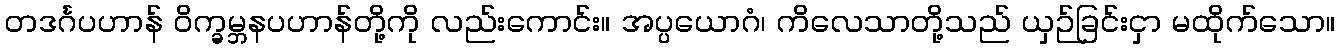
တဒင်္ဂပဟာန် ဝိက္ခမ္ဘနပဟာန်တို့ကို လည်းကောင်း။ အပ္ပယောဂံ၊ ကိလေသာတို့သည် ယှဉ်ခြင်းငှာ မထိုက်သော။